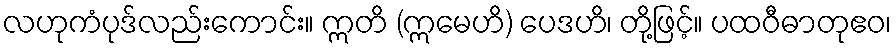
လဟုကံပုဒ်လည်းကောင်း။ ဣတိ (ဣမေဟိ) ပေဒဟိ၊ တို့ဖြင့်။ ပထဝီဓာတုဧဝ၊